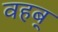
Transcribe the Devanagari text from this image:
वहब्